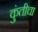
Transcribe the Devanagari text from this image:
कुंतीचा